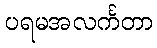
ပရမအလင်္ကတာ